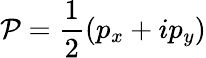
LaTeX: \mathcal{P}=\frac{1}{2}(p_{x}+ip_{y})